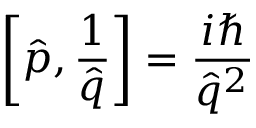
\left[ \hat { p } , \frac { 1 } { \hat { q } } \right] = \frac { i \hbar } { \hat { q } ^ { 2 } }